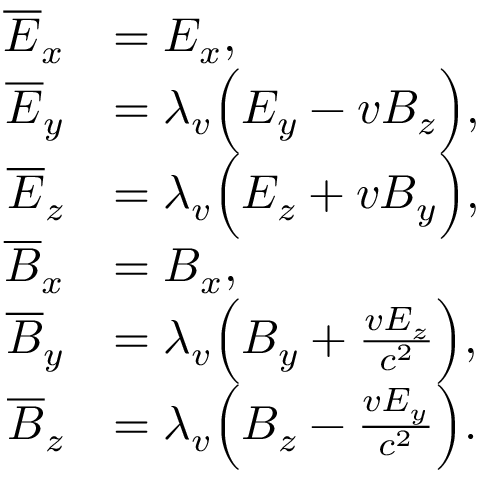
\begin{array} { r l } { \overline { { E } } _ { x } } & { = E _ { x } , } \\ { \overline { { E } } _ { y } } & { = \lambda _ { v } \Big ( E _ { y } - v B _ { z } \Big ) , } \\ { \overline { { E } } _ { z } } & { = \lambda _ { v } \Big ( E _ { z } + v B _ { y } \Big ) , } \\ { \overline { { B } } _ { x } } & { = B _ { x } , } \\ { \overline { { B } } _ { y } } & { = \lambda _ { v } \Big ( B _ { y } + \frac { v E _ { z } } { c ^ { 2 } } \Big ) , } \\ { \overline { { B } } _ { z } } & { = \lambda _ { v } \Big ( B _ { z } - \frac { v E _ { y } } { c ^ { 2 } } \Big ) . } \end{array}